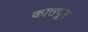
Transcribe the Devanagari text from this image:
कातपूड